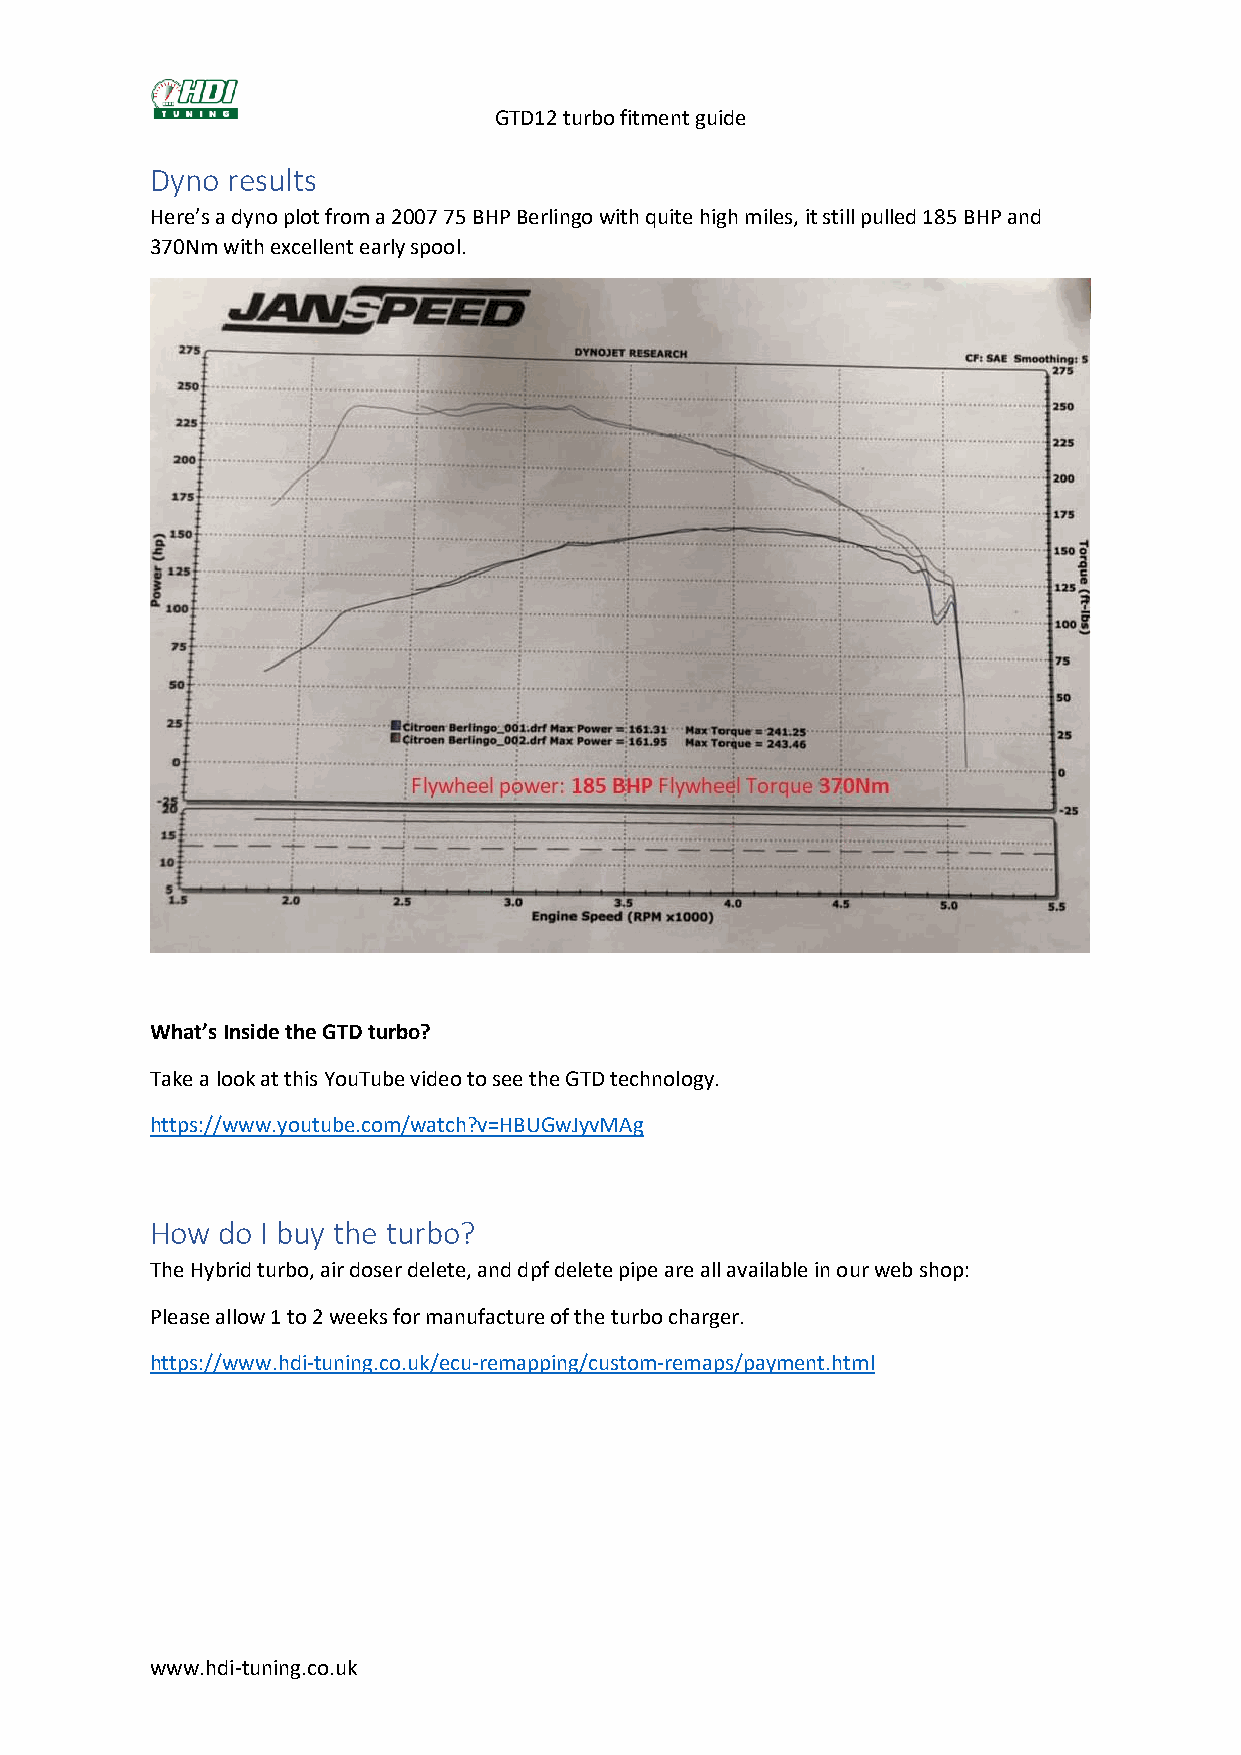
GTD12 turbo fitment guide
 Dyno results
 Here’s a dyno plot from a 2007 75 BHP Berlingo with quite high miles, it still pulled 185 BHP and
 370Nm with excellent early spool.
 What’s Inside the GTD turbo?
 Take a look at this YouTube video to see the GTD technology.
 https://www.youtube.com/watch?v=HBUGwJyvMAg
 How do I buy the turbo?
 The Hybrid turbo, air doser delete, and dpf delete pipe are all available in our web shop:
 Please allow 1 to 2 weeks for manufacture of the turbo charger.
 https://www.hdi-tuning.co.uk/ecu-remapping/custom-remaps/payment.html
 www.hdi-tuning.co.uk